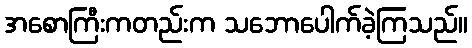
အစောကြီးကတည်းက သဘောပေါက်ခဲ့ကြသည်။